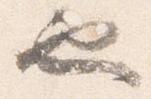
也